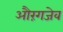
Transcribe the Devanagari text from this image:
औरंगजेव